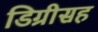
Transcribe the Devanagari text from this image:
डिग्रीसह